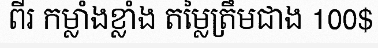
ពីរ កម្លាំងខ្លាំង តម្លៃត្រឹមជាង 100$